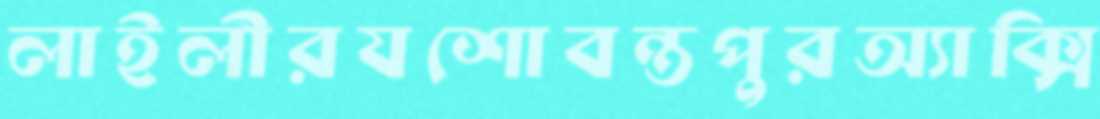
লাইলীরযশোবন্তপুরঅ্যাক্সি